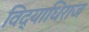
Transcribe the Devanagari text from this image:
विद्याधिराज